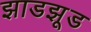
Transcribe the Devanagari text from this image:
झाडझूड